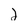
Character: 2